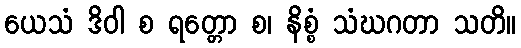
ယေသံ ဒိဝါ စ ရတ္တော စ၊ နိစ္စံ သံဃဂတာ သတိ။